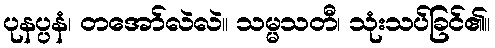
ပုနပ္ပနံ၊ တအော်လဲလဲ။ သမ္မသတီ၊ သုံးသပ်ခြင်၏။